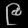
Digit: ၉